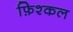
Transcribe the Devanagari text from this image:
फ़िश्कल